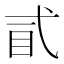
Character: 𢎈